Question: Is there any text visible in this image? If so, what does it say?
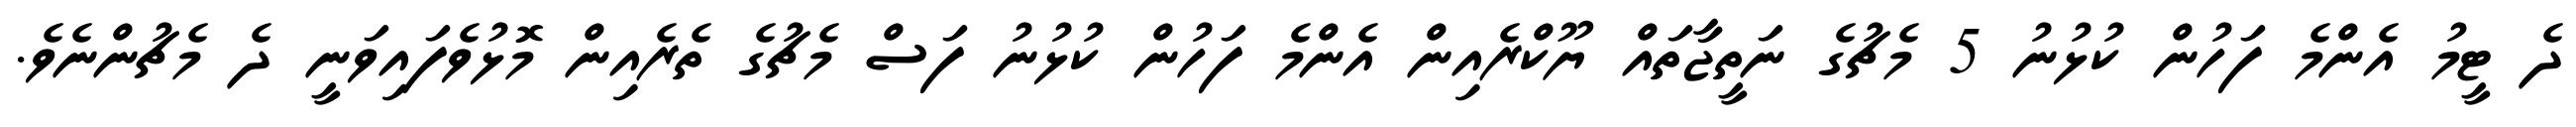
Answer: ދެ ޓީމު އެންމެ ފަހުން ކުޅުނު 5 މެޗުގެ ނަތީޖާތައް ޔޫކްރެއިން އެންމެ ފަހުން ކުޅުނު ފަސް މެޗުގެ ތެރެއިން މޮޅުވެފައިވަނީ ދެ މެޗުންނެވެ.